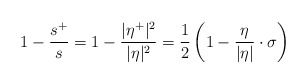
\begin{align*} 1-\frac{s^+}{s} = 1-\frac{|\eta^+|^2}{|\eta|^2} = \frac{1}{2}\left(1-\frac{\eta}{|\eta|}\cdot\sigma\right) \end{align*}